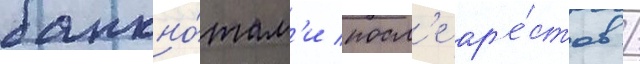
банкно́там'и посл'е ар'е́стов /